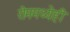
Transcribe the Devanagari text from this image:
रोममध्येही